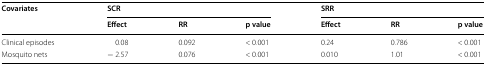
| <ROWSPAN=2> Covariates | <COLSPAN=3> SCR | <COLSPAN=3> SRR |
 | Effect | RR | p value | Effect | RR | p value |
 | --- | --- | --- | --- | --- | --- | --- |
 | Clinical episodes | 0.08 | 0.092 | < 0.001 | 0.24 | 0.786 | < 0.001 |
 | Mosquito nets | − 2.57 | 0.076 | < 0.001 | 0.010 | 1.01 | < 0.001 |